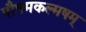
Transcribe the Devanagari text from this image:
पौत्रमकल्मषम्